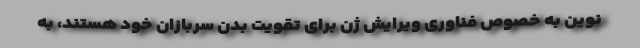
نوین به خصوص فناوری ویرایش ژن برای تقویت بدن سربازان خود هستند، به